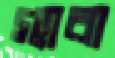
গ্যাবা